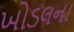
ખોડલના